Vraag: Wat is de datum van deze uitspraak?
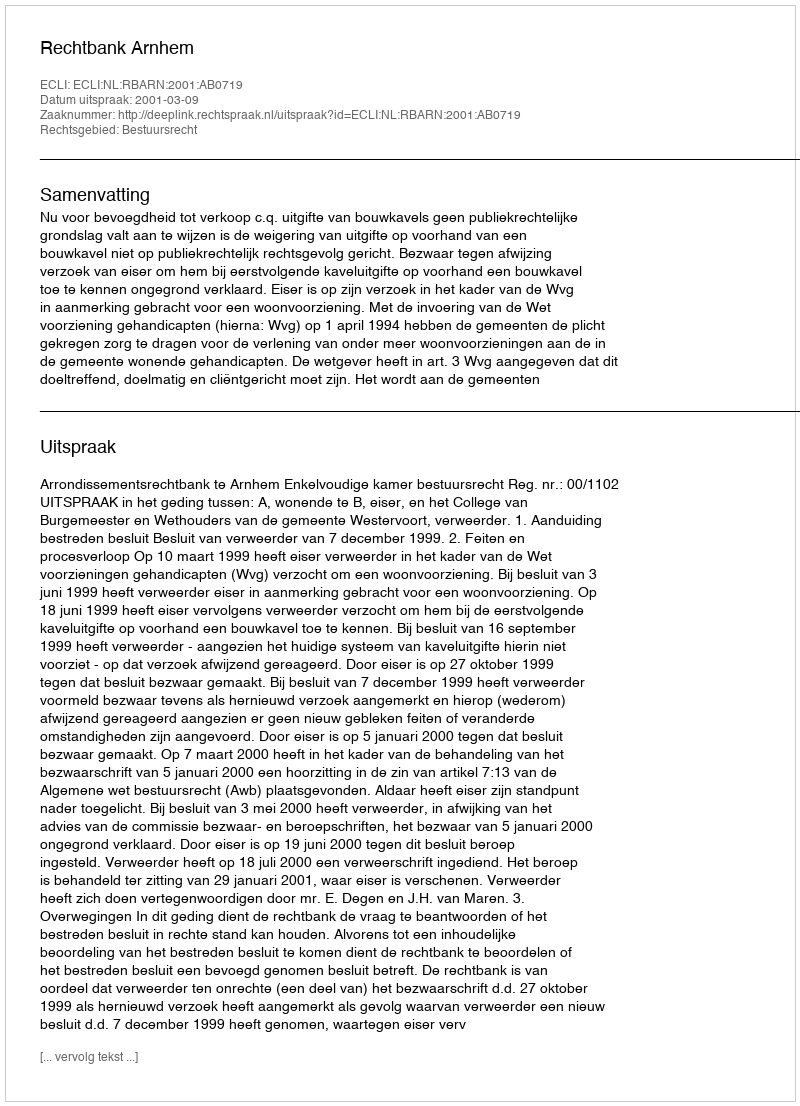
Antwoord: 2001-03-09